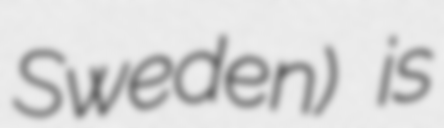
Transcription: Sweden) is